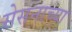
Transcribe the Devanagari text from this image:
सेसनाच्या